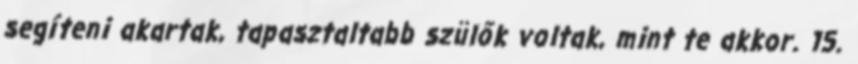
segíteni akartak, tapasztaltabb szülők voltak, mint te akkor. 15.